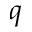
q